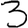
Digit: 3